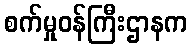
စက်မှုဝန်ကြီးဌာနက